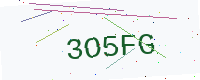
Text: 3O5FG